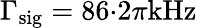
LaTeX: \Gamma_{\mathrm{sig}}=86{\cdot}2\pi\mathrm{kHz}